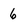
Character: 6